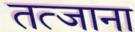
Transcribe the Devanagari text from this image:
तत्जाना